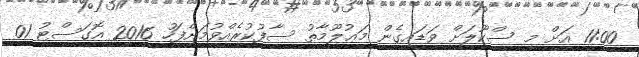
11:00 އަށް މި ސްކޫލަށް ވަޑައިގެން މަޢުލޫމާތު ސާފުކުރެއްވުމަށްފަހު 2016 އޮގަސްޓު 01